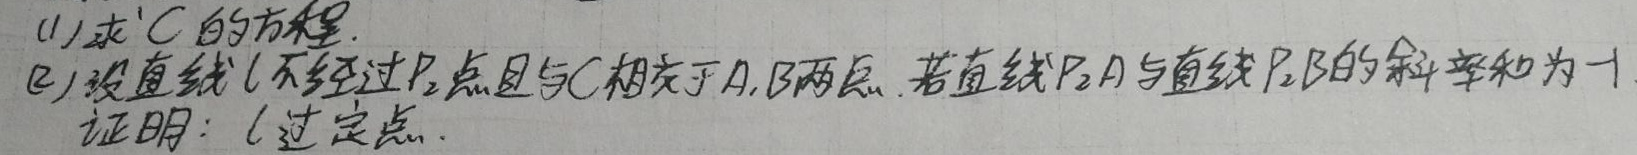
(1)求\(C\)的方程.
(2)设直线\(l\)不经过\(P_{2}\)点且与\(C\)相交于\(A,B\)两点. 若直线\(P_{2}A\)与直线\(P_{2}B\)的斜率和为\(- 1\),证明:\(l\)过定点.